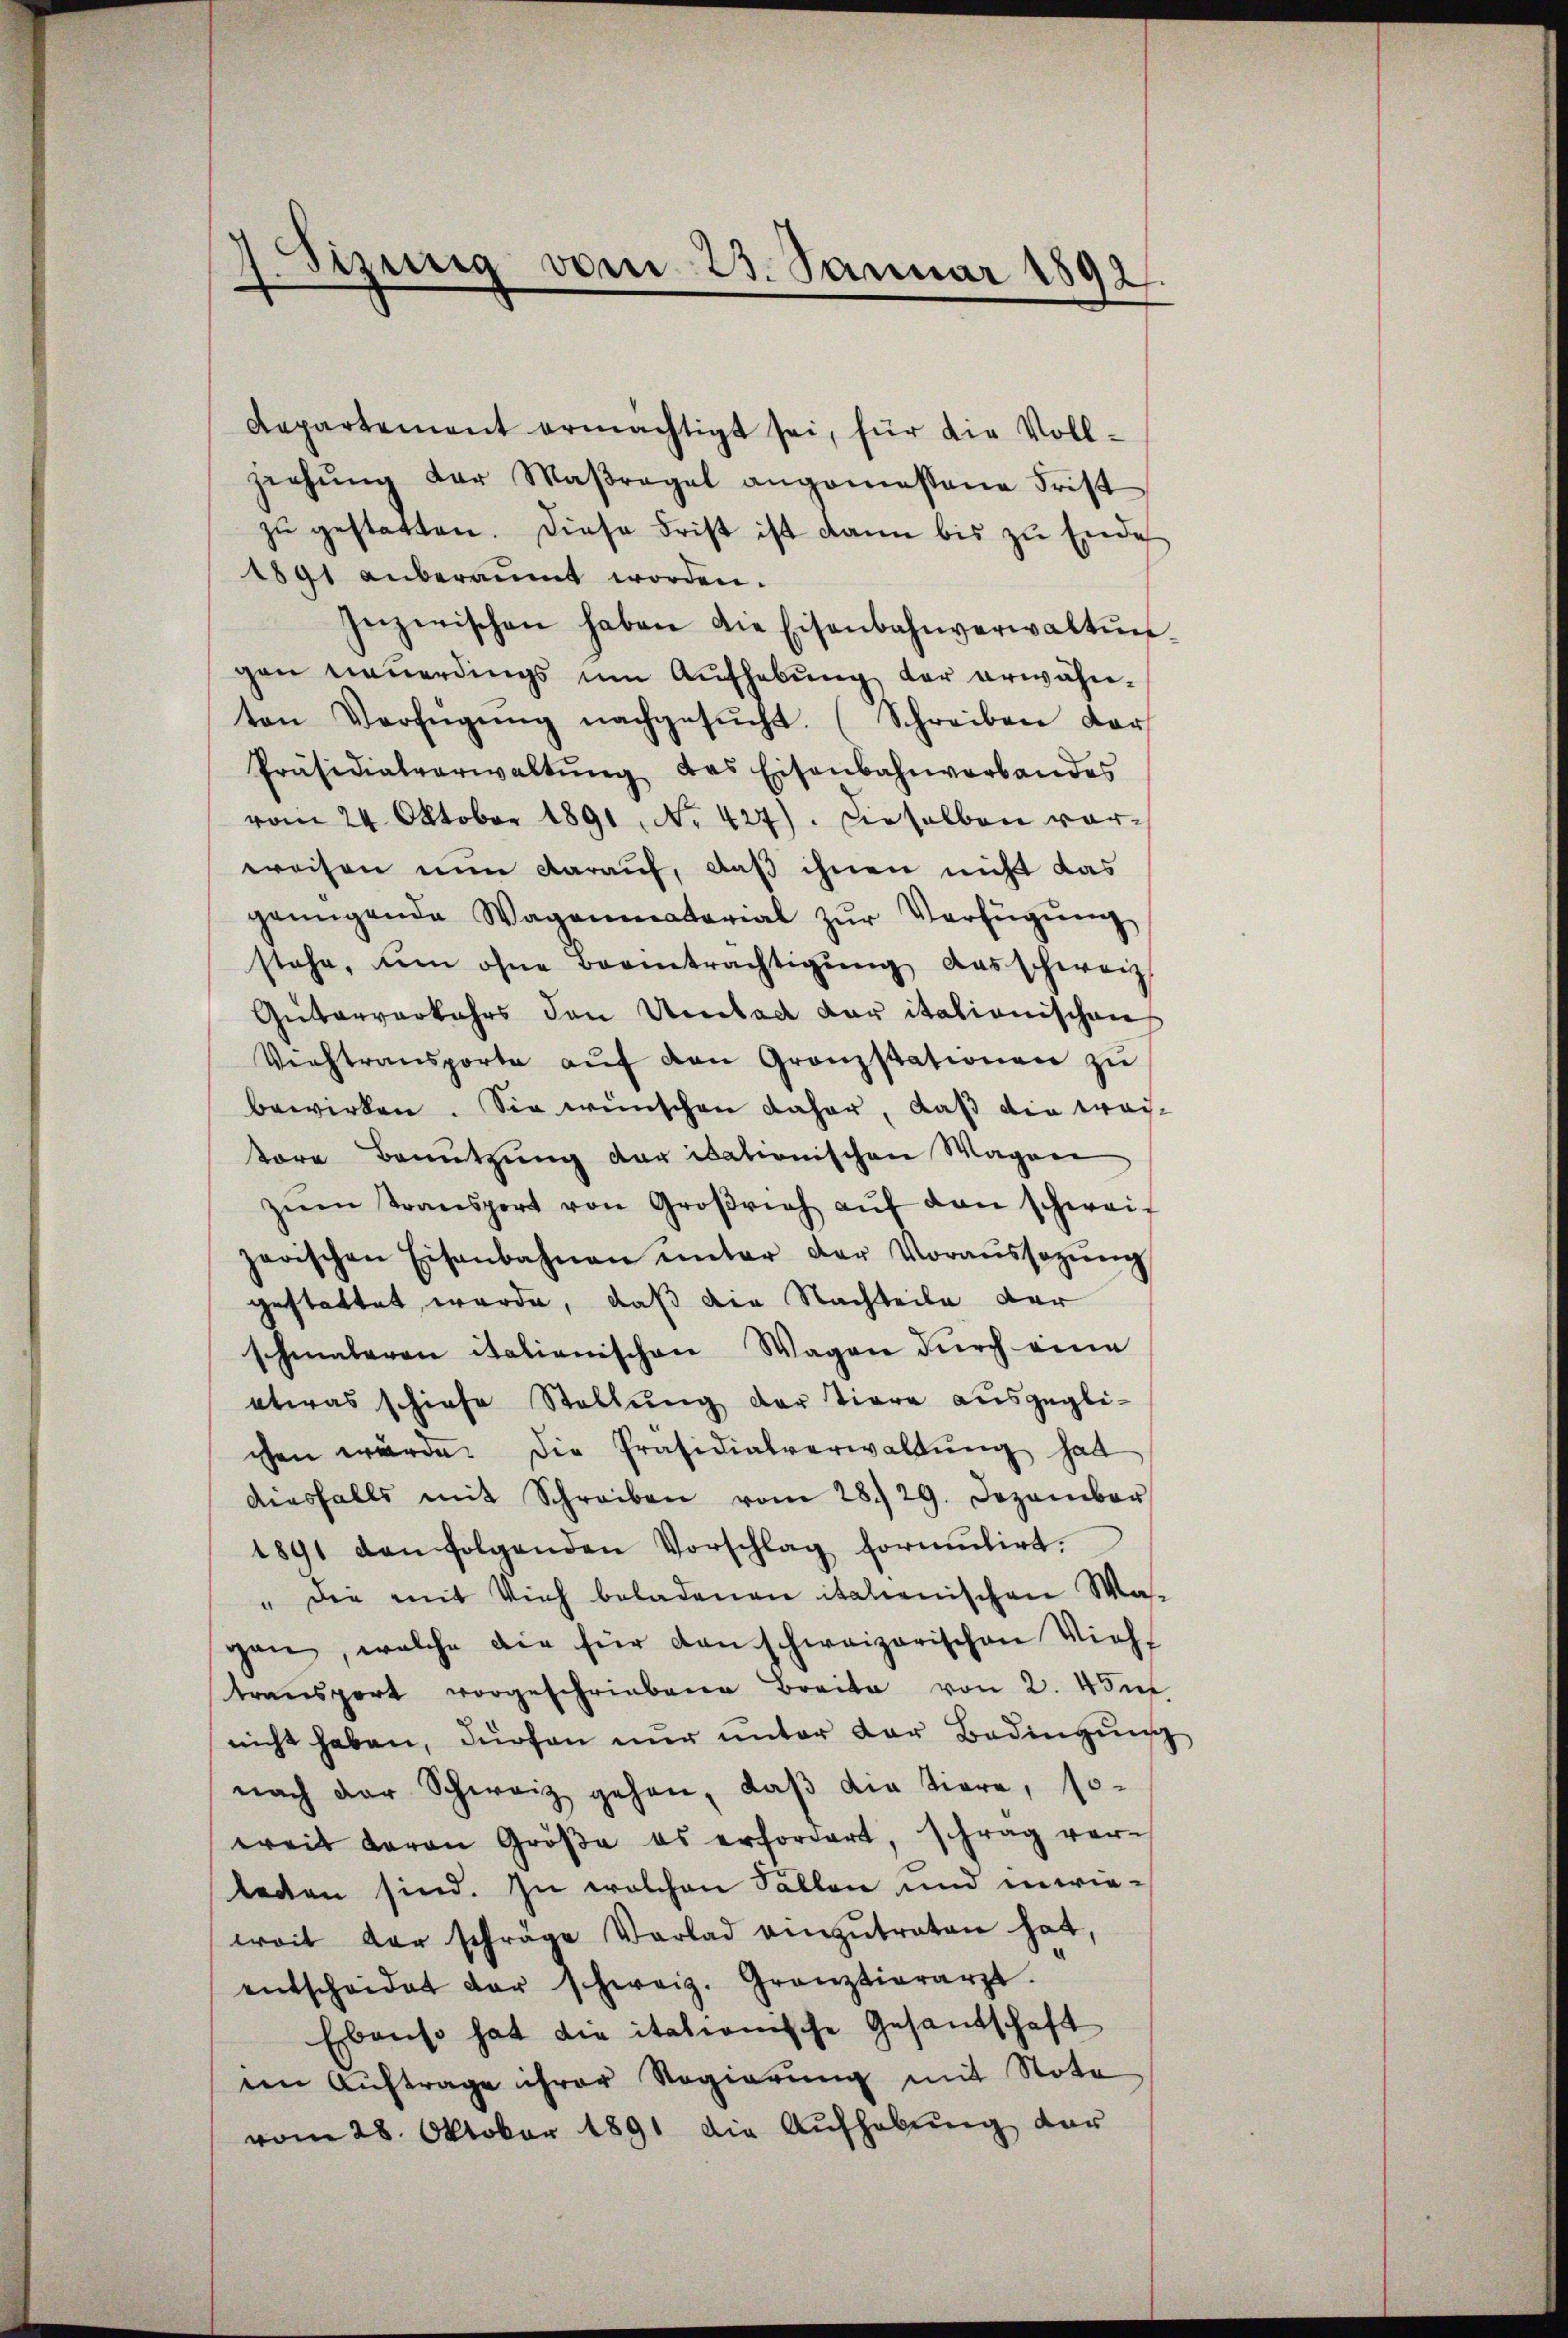
dirung vom 23. Januar 1892
d

Repartement ermächtigt sei, für die Voll¬
Ziehŭng der Maßregel angemessene Frist
zŭ gestatten. Diese Frist ist dann bis zu Ende
1891 anberaumt worden.
Inzerischen haben die Eisenbahnverwaltŭn-
gen neuerdings um Aufhebung der erwähnten Verfügŭng nachgesŭcht. (Schreiben dar
Präsidialverwaltŭng das Eisenbahnverbandes
vom 24. Oktober 1891, No 427). Dieselben vorweisen nun darauf, daß ihnen nicht das
genügende Wagenmaterial zŭr Verfügŭng
stehe, um ohne Beanträchtigŭng das schweiz.
Güterverkehrs den Umstag der italionischen
Verstransporte aŭf den Granzstationen zŭ
bewirken. Sie wünschen daher, daß die weitore Benutzung der itationischen Wagen
zŭm Transport von Großrich aŭf den schweiz
zerischen Eisenbahnen ŭnter der Voraŭssagŭng
gestattet wurde, daß die Nachteile der
schmaleren italienischen Wagen durch eine
etwas schiehe Stellŭng der Tiere ausgegli-
chen würde. Die Präsidialverwaltŭng hatt
diesfalls mit Schreiben vom 28./29. Dezember
1891 den folgenden Vorschlag formŭlirt.
" die mit Vieh beladenen italienischen Ma-
gen, welche die für den schweizerischen Vieh-
transport vorgeschriebene Breite von 2. 45 m
nicht haben, dürfen nŭr ŭnter der Bedingŭng
nach der Schweiz gehen, daβ die tiere, so-
weil daran Größe es erfordert, schrag vor-
tecten sind. In welchen Fallen und inwieweit der schräge Vorlad einzŭtreten hat,
entscheidet der schweiz. Gränztierarzt.
Ebenso hat die italionische Gesandschaft
eim Auftrage ihrer Regierung mit Nota
vom 28. Oktober 1891 die Aufhebung dar